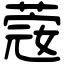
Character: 𦸅